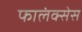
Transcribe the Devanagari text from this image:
फालंक्सेस